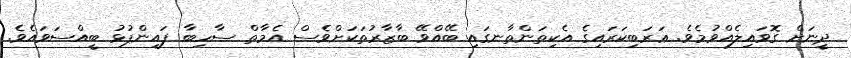
ދީނަށް ގޮވައިލެއްވުމެވެ. ޢަރަބިކަރައިގެ އެކިތަންތާނގައި ބޭއްވޭ ބާޒާރުތަކަށްވެސް އެމާތް ސާހިބާ ފައިންޕުޅު ބީއްސަވައެވެ.